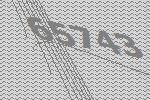
65743